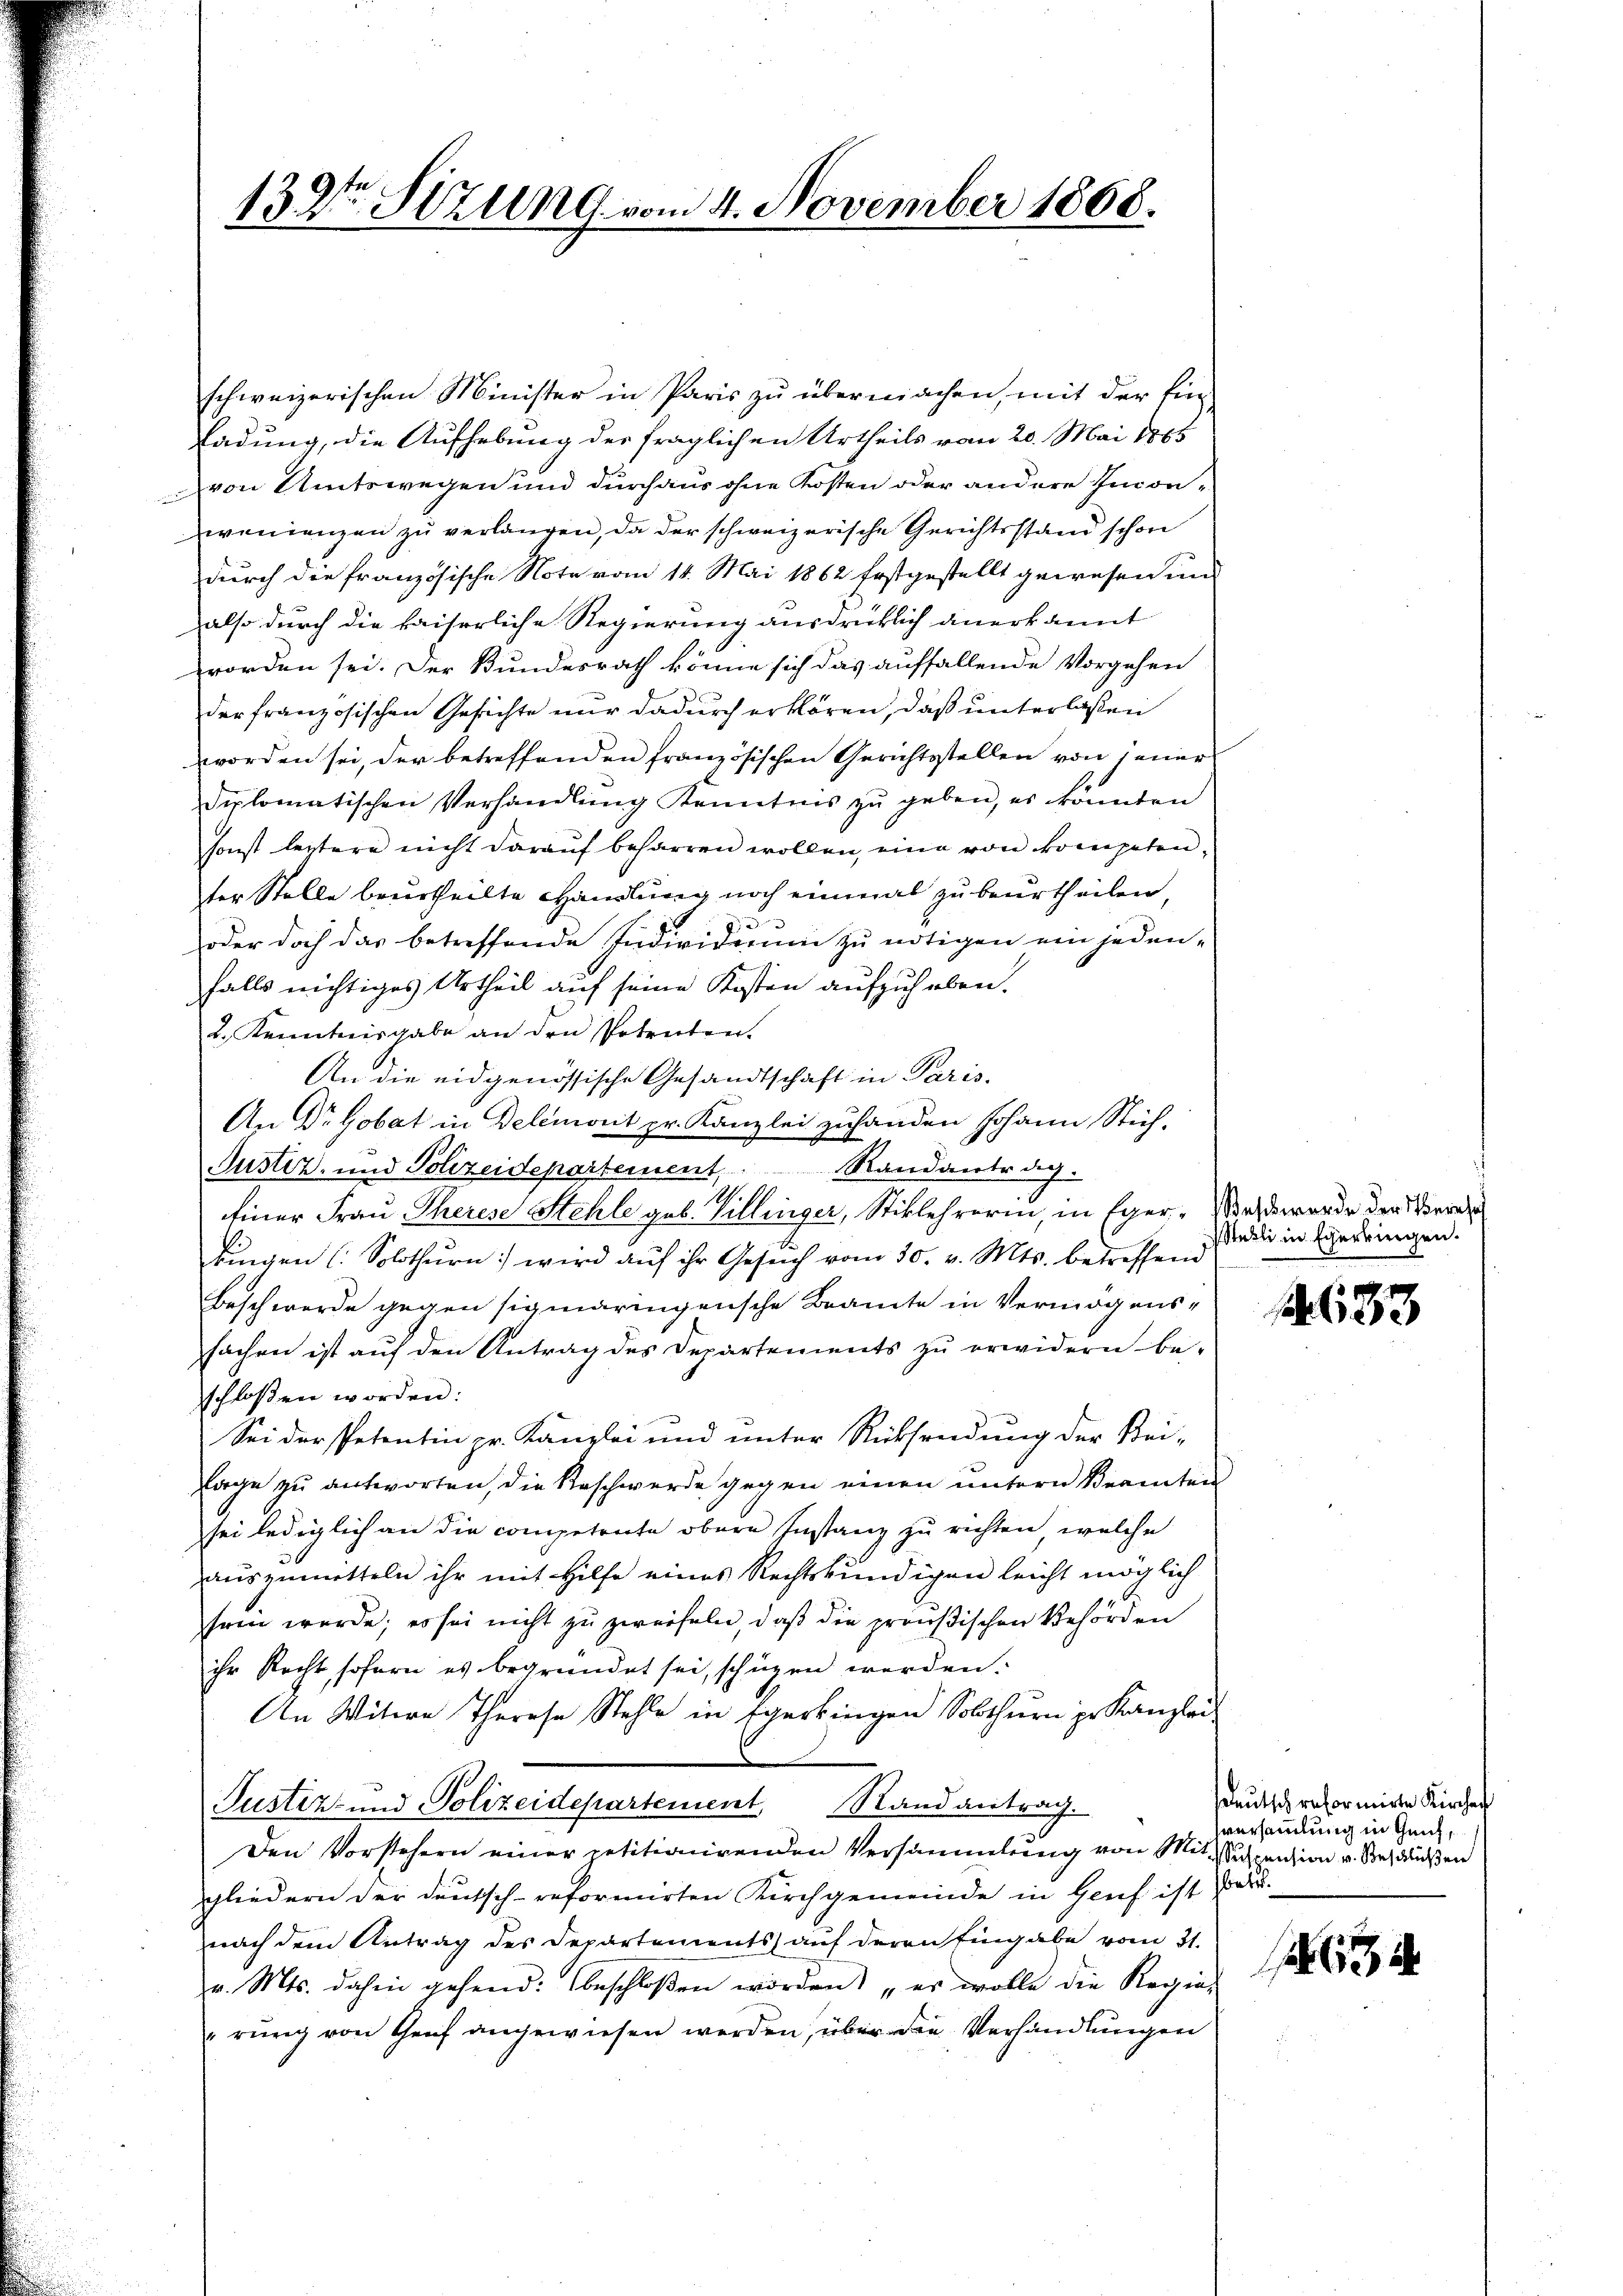
132ten Sizung vom 4. November 1868.

schweizerischen Minister in Paris zu übermachen, mit der Einladung, die Aufhebung der fraglichen Urtheils vom 20. Mai 1865
von Amtswegen und durchaus ohne Kosten oder andere Incon-
wonienzen zu verlangen, da der schweizerische Gerichtsstand schon
durch die französische Note vom 14. Mai 1862 Erstgestellt gewesen un
also durch die kaiserliche Regierung ausdrücklich anerkannt
worden sei. Der Bundesrath könne sich das auffallende Vorgehen
der französischen Gesichte nur dadurch erklären, daß unterlaßen
worden sei, der betreffenden französischen Gerichtsstellen von jener
diplomatischen Verhandlung Kenntnis zu geben, es könnten
sonst leztere nicht darauf beharren wollen, eine von kompetenter Stelle beurtheilte Handlung noch einmal zu beurtheilen
5
oder doch das betreffende Individuum zu nötigen ein jedenfalls nichtiges Urtheil auf seine Kosten aufzuheben,
2. Kenntnisgabe an den Petenten.
An die eidgenössische Gesandtschaft in Paris,
An Dr Gobat in Delemont pr. Kanzlei zuhanden Johann Stich-
Justiz- und Polizeidepartement, Randantrag.
Einer Frau Therese Stehle geb. Villinger, Stiklehrerin, in Eger-Was worde der Werde
kingen (Solothurn wird aŭf ihr Gesuch vom 30. v. Mts. betreffend
Beschwerde gegen sigmaringensche Beamte in Vermögenssachen ist auf den Antrag des Departements zu erwidern be-
schloßen worden:
Sei der Petentin pr. Kanzlei und unter Rücksendung der Bei-
Tage zu antworten, die Reschwerde gegen einen untern Beamten
sei lediglich an die competrate obern Instanz zu richten, welche
auszumitteln ihr mit Hilfe eines Rechtskundigen leicht möglich
sein werde; es sei nicht zu zweifeln, daß die preußischen Behörden
ihr Recht sofern es begründet sei, schüzen werden.
An Witere Therese Stehle in Egerkingen Solothurn pr. Kanzlei
Pustiz- und Polizeidepartement Stand antrag.
Den Vorstehern einer petitionirenden Versammlung von Mit Suspension v. Beschlüßen
gliedern der Deutsch-reformirten Kirchgemeinde in Genf ist au
nach dem Antrag des Departements auf deren Eingabe vom 31.
v. Mts. dahin gehend: beschloßen worden „es wolle die Regie-
"rung von Genf angewiesen werden, über die Verhandlungen

Stabli in Egerkingen.

183

sdeutsch reformirte Kircher
versammlung in Genf,